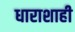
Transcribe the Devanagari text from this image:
धाराशाही